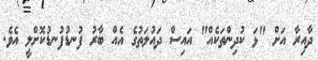
ދާއިރާ އަށް "ޅަ ކުދިންތަކެއް" އައިސް ދައުލަތުގެ އެއް ބާރު ފުނޑުފުނޑުކޮށްލީ އެވެ.